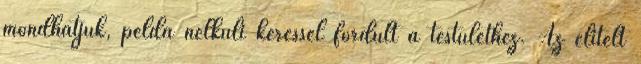
mondhatjuk, példa nélküli kéréssel fordult a testülethez. Az elítélt